Annual vaccination report of Bihar and Orissa - 1911-1928
Year: 1911
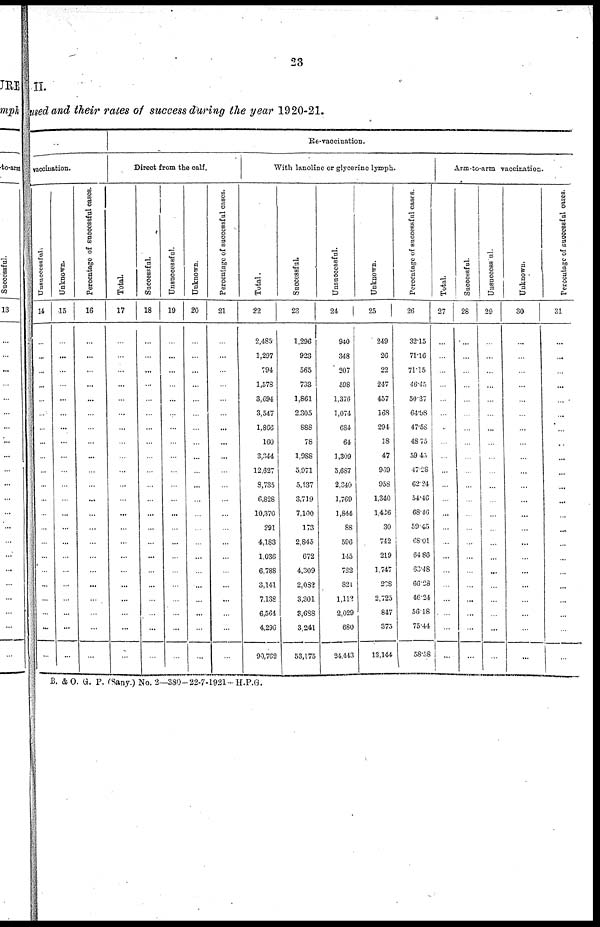
23
II.
used and their rates of success during the year 1920-21.
vaccination.
Unsuccessful.
14
...
...
...
...
...
...
...
...
...
...
...
...
...
...
...
...
...
...
...
...
...
...
Unknown.
15
...
...
...
...
...
...
...
...
...
...
...
...
...
...
...
...
...
...
...
...
...
...
Percentage of successful cases.
16
...
...
...
...
...
...
...
...
...
...
...
...
...
...
...
...
...
...
...
...
...
...
Re-vaccination.
Direct from the calf.
Total.
17
...
...
...
...
...
...
...
...
...
...
...
...
...
...
...
...
...
...
...
...
...
...
Successful.
18
...
...
...
...
...
...
...
...
...
...
...
...
...
...
...
...
...
...
...
...
...
...
Unsuccessful.
19
...
...
...
...
...
...
...
...
...
...
...
...
...
...
...
...
...
...
...
...
...
...
Unknown.
20
...
...
...
...
...
...
...
...
...
...
...
...
...
...
...
...
...
...
...
...
...
...
Percentage of successful cases.
21
...
...
...
...
...
...
...
...
...
...
...
...
...
...
...
...
...
...
...
...
...
...
With lanoline or glycerine lymph.
Total.
22
2,485
1,297
794
1,578
3,694
3,547
1,866
160
3,344
12,627
8,735
6,828
10,370
291
4,183
1,036
6,788
3,141
7,138
6,564
4,296
90,762
Successful.
23
1,296
923
565
733
1,861
2,305
888
78
1,988
5,971
5,437
3,719
7,100
173
2,845
672
4,309
2,032
3,301
3,688
3,241
53,175
Unsuccessful.
24
940
348
207
598
1,376
1,074
684
64
1,309
5,687
2,340
1,769
1,844
88
596
145
732
821
1,112
2,029
680
24,443
Unknown.
25
249
26
22
247
457
168
294
18
47
969
958
1,340
1,426
30
742
219
1,747
208
2,725
847
375
13,144
Percentage of successful cases.
26
32.15
71.16
71.15
46.45
50.37
64.98
47.58
48.75
59.45
47.28
62.24
54.46
68.46
59.45
68.01
64.86
63.48
66.28
46.24
56.18
75.44
58.58
Arm-to-arm vaccination.
Total.
27
...
...
...
...
...
...
...
...
...
...
...
...
...
...
...
...
...
...
...
...
...
...
Successful.
28
...
...
...
...
...
...
...
...
...
...
...
...
...
...
...
...
...
...
...
...
...
...
Unsuccessful.
29
...
...
...
...
...
...
...
...
...
...
...
...
...
...
...
...
...
...
...
...
...
...
Unknown.
30
...
...
...
...
...
...
...
...
...
...
...
...
...
...
...
...
...
...
...
...
...
...
Percentage of successful cases.
31
...
...
...
...
...
...
...
...
...
...
...
...
...
...
...
...
...
...
...
...
...
...
B. &O. G. P. (Sany.)No. 2—380- 22-7-1921 -H.P.G.